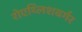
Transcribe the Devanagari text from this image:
रोएथ्लिशबर्गर